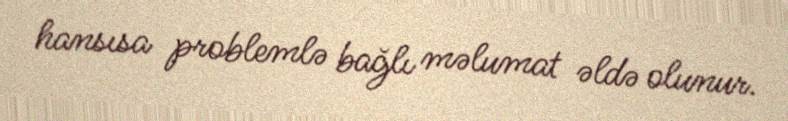
hansısa problemlə bağlı məlumat əldə olunur.